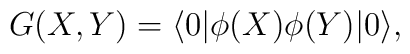
G(X,Y)=\langle 0| \phi(X) \phi(Y) |0 \rangle,